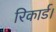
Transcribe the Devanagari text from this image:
रिकार्ड।